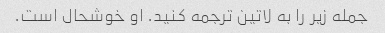
جمله زیر را به لاتین ترجمه کنید. او خوشحال است.